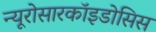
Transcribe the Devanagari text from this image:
न्यूरोसारकॉइडोसिस